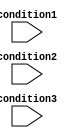
module if_else_logical_OR (
    input wire condition1,
    input wire condition2,
    input wire condition3
);

    reg result;

    always @* begin
        if (condition1 || condition2 || condition3) begin
            // Statement block to execute when at least one condition is true
            result = 1;
        end else begin
            // Statement block to execute when all conditions are false
            result = 0;
        end
    end

endmodule